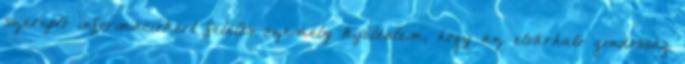
szereplő információkért felelős személy kijelentem, hogy az elvárható gondosság